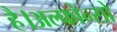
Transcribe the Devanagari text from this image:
है।अल्फोन्सो